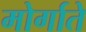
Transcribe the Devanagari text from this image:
मोर्गाते